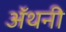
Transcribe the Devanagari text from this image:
ॲंथनी